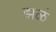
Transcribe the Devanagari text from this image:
झळं